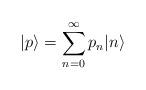
LaTeX: \begin{align*}|p\rangle = \sum_{n=0}^{\infty}p_{n}|n\rangle\end{align*}